Annual report on the working of the Harcourt Butler Institute of Public Health, Rangoon
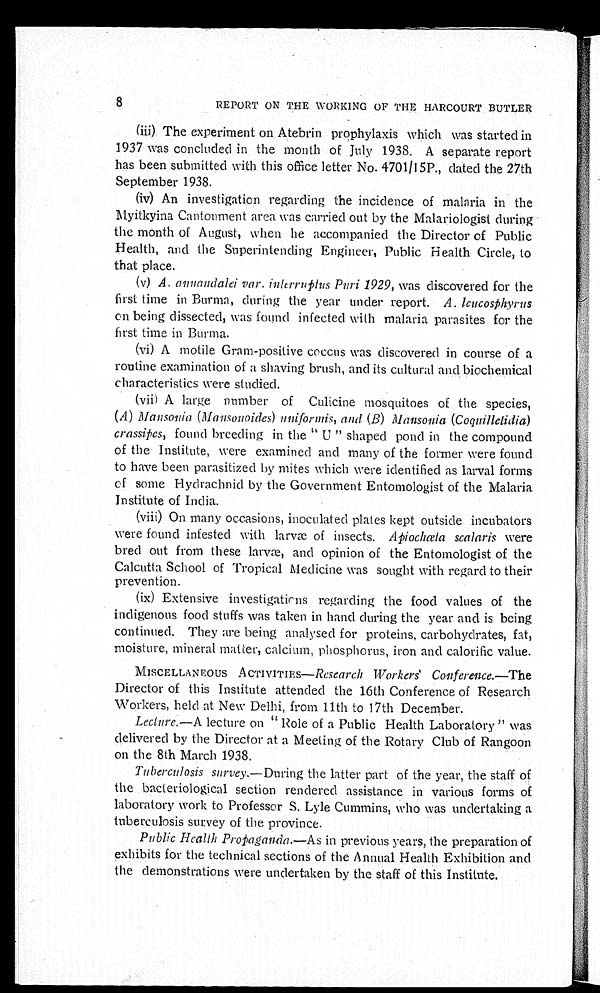
8
REPORT ON THE WORKING OF THE HARCOURT BUTLER
(iii) The experiment on Atebrin prophylaxis which was started in
1937 was concluded in the month of July 1938. A separate report
has been submitted with this office letter No. 4701/15P., dated the 27th
September 1938.
(iv) An investigation regarding the incidence of malaria in the
Myitkyina Cantonment area was carried out by the Malariologist during
the month of August, when he accompanied the Director of Public
Health, and the Superintending Engineer, Public Health Circle, to
that place.
(v) A. annandalei var. interruplus Puri 1929, was discovered for the
first time in Burma, during the year under report. A. leucosphyrus
on being dissected, was found infected with malaria parasites for the
first time in Burma.
(vi) A motile Gram-positive coccus was discovered in course of a
routine examination of a shaving brush, and its cultural and biochemical
characteristics were studied.
(vii) A large number of Culicine mosquitoes of the species,
(A) Mansonia (Mansonoides) uniformis, and (B) Mansonia (Coquillelidia)
crassipcs, found breeding in the "U" shaped pond in the compound
of the Institute, were examined and many of the former were found
to have been parasitized by mites which were identified as larval forms
of some Hydrachnid by the Government Entomologist of the Malaria
Institute of India.
(viii)
On many occasions, inoculated plates kept outside incubators
were found infested with larvæ of insects. Apiochæta scalaris were
bred out from these larvæ, and opinion of the Entomologist of the
Calcutta School of Tropical Medicine was sought with regard to their
prevention.
(ix) Extensive investigations regarding the food values of the
indigenous food stuffs was taken in hand during the year and is being
continued. They are being analysed for proteins, carbohydrates, fat,
moisture, mineral matter, calcium, phosphorus, iron and calorific value.
MISCELLANEOUS ACTIVITIES— Research Workers' Conference. —The
Director of this Institute attended the 16th Conference of Research
Workers, held at New Delhi, from 11th to 17th December.
Lecture.—A lecture on "Role of a Public Health Laboratory" was
delivered by the Director at a Meeting of the Rotary Club of Rangoon
on the 8th March 1938.
Tuberculosis survey .—During the latter part of the year, the staff of
the bacteriological section rendered assistance in various forms of
laboratory work to Professor S. Lyle Cummins, who was undertaking a
tuberculosis survey of the province.
Public Health Propaganda. —As in previous years, the preparation of
exhibits for the technical sections of the Annual Health Exhibition and
the demonstrations were undertaken by the staff of this Institute.